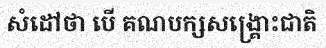
សំដៅថា បើ គណបក្សសង្គ្រោះជាតិ